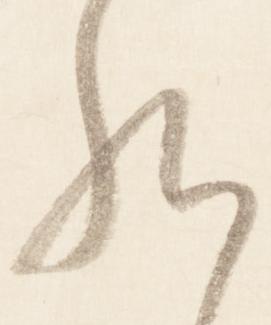
給